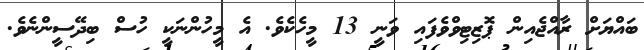
ބައްޔަށް ރާއްޖެއިން ޕޮޒިޓިވްވެފައި ވަނީ 13 މީހެކެވެ. އެ މީހުންނަކީ ހުސް ބިދޭސީންނެވެ.